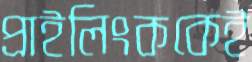
প্রাইলিংককেই